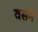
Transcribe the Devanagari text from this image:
वसने